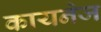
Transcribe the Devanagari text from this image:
कायनेज